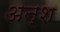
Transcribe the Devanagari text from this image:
अन्श